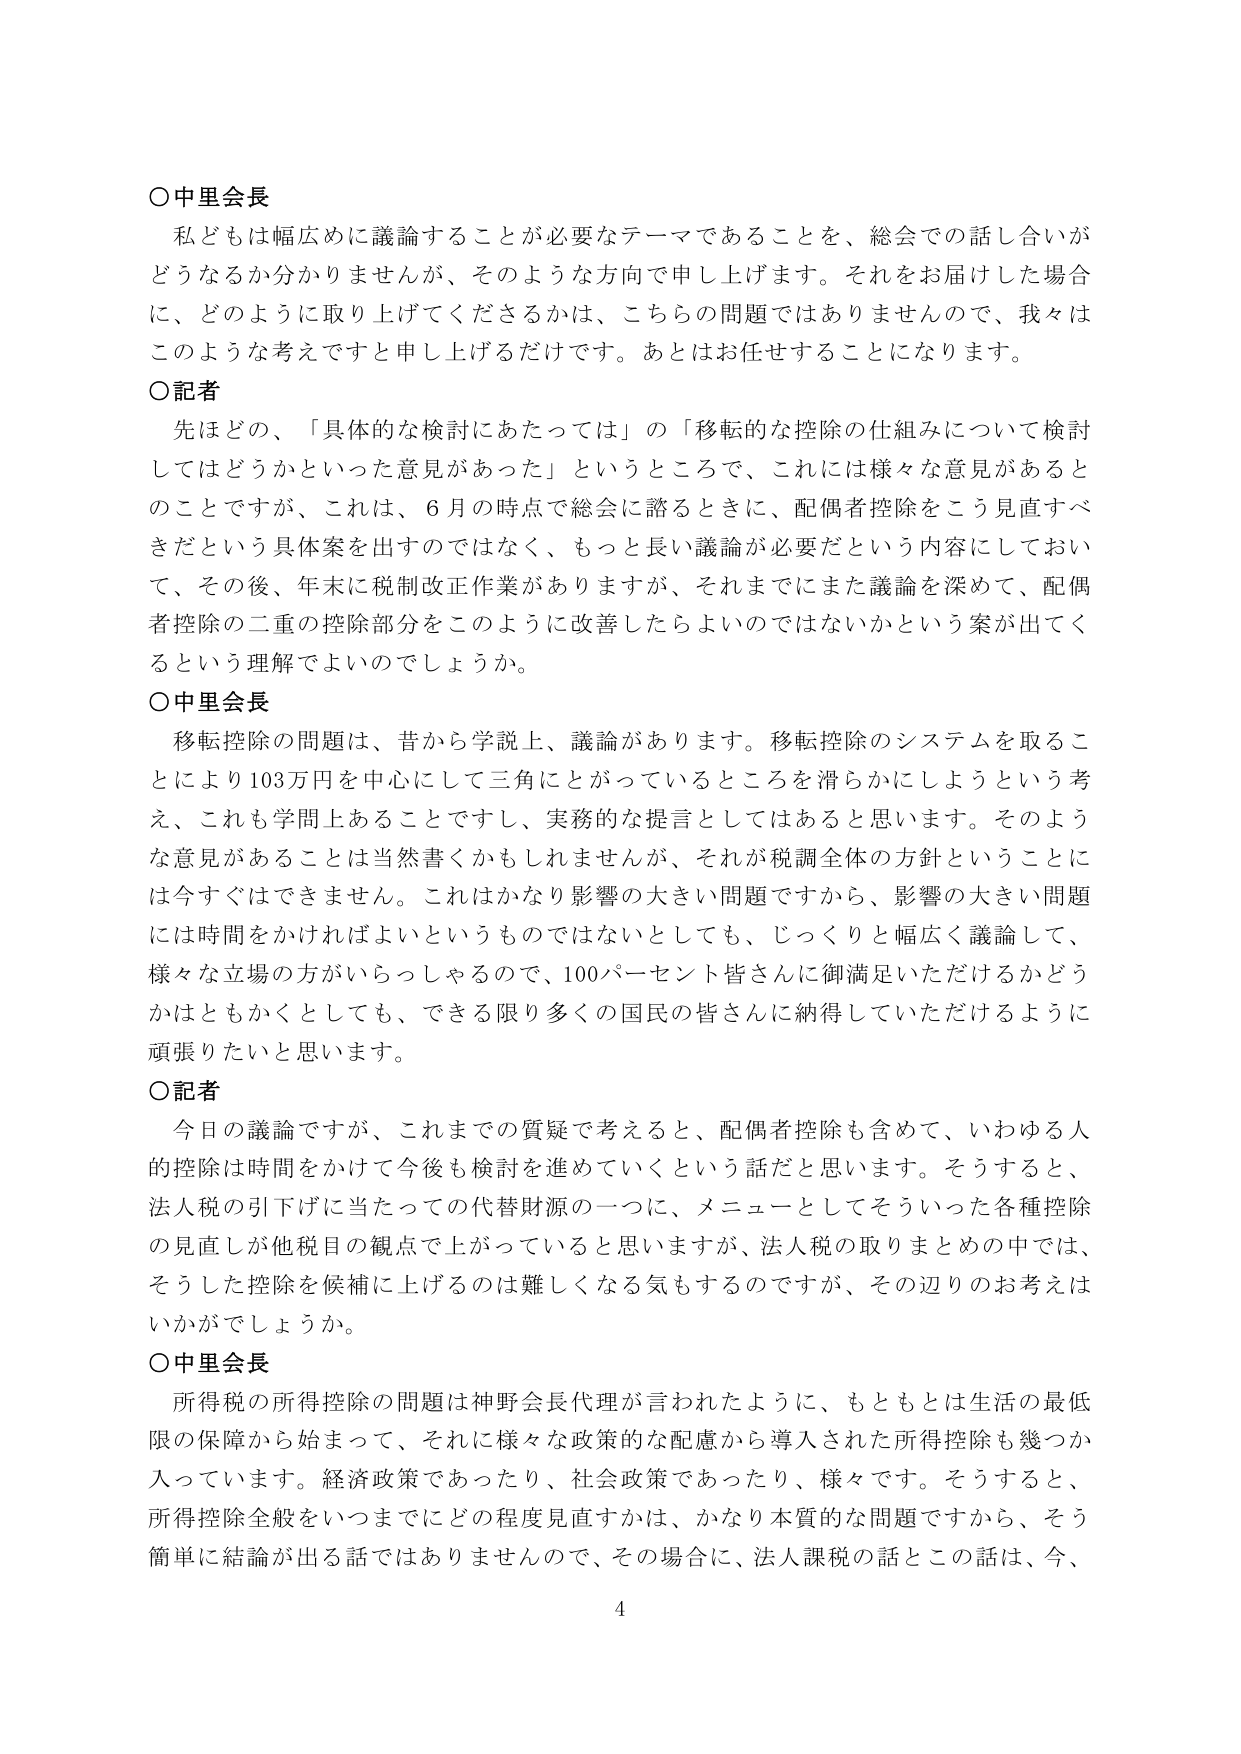
○中里会長
私どもは幅広めに議論することが必要なテーマであることを、総会での話し合いがどうなるか分かりませんが、そのような方向で申し上げます。それをお届けした場合に、どのように取り上げてくださるかは、こちらの問題ではありませんので、我々はこのような考えですと申し上げるだけです。あとはお任せすることになります。

○記者
先ほどの、「具体的な検討にあたっては」の「移転的な控除の仕組みについて検討してはどうかといった意見があった」というところで、これには様々な意見があるとのことですが、これは、6月の時点で総会に諮るときに、配偶者控除をこう見直すべきだという具体案を出すのではなく、もっと長い議論が必要だという内容にしておいて、その後、年末に税制改正作業がありますが、それまでにまた議論を深めて、配偶者控除の二重の控除部分をこのように改善したらよいのではないかという案が出てくるという理解でよいのでしょうか。

○中里会長
移転控除の問題は、昔から学説上、議論があります。移転控除のシステムを取ることにより103万円を中心にして三角にとがっているところを滑らかにしようという考え、これも学問上あることですし、実務的な提言としてはあると思います。そのような意見があることは当然書くかもしれませんが、それが税調全体の方針ということには今すぐはできません。これはかなり影響の大きい問題ですから、影響の大きい問題には時間をかければよいというものではないとしても、じっくりと幅広く議論して、様々な立場の方がいらっしゃるので、100パーセント皆さんに御満足いただけるかどうかはともかくとしても、できる限り多くの国民の皆さんに納得していただけるように頑張りたいと思います。

○記者
今日の議論ですが、これまでの質疑で考えると、配偶者控除も含めて、いわゆる人的控除は時間をかけて今後も検討を進めていくという話だと思います。そうすると、法人税の引下げに当たっての代替財源の一つに、メニューとしてそういった各種控除の見直しが他税目の観点で上がっていると思いますが、法人税の取りまとめの中では、そうした控除を候補に上げるのは難しくなる気もするのですが、その辺りのお考えはいかがでしょうか。

○中里会長
所得税の所得控除の問題は神野会長代理が言われたように、もともとは生活の最低限の保障から始まって、それに様々な政策的な配慮から導入された所得控除も幾つか入っています。経済政策であったり、社会政策であったり、様々です。そうすると、所得控除全般をいつまでにどの程度見直すかは、かなり本質的な問題ですから、そう簡単に結論が出る話ではありませんので、その場合に、法人課税の話とこの話は、今、

4